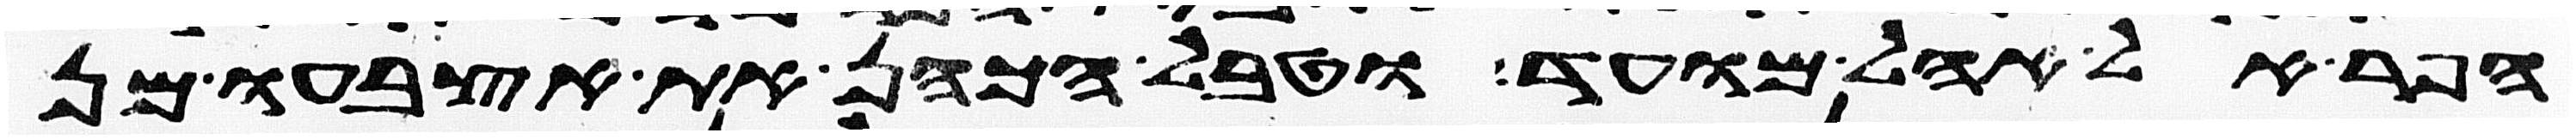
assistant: הפר אל אהל מועד וטבל הכהן את אצבעו מן